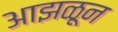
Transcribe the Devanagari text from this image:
आझळून